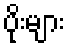
ပိုးများ